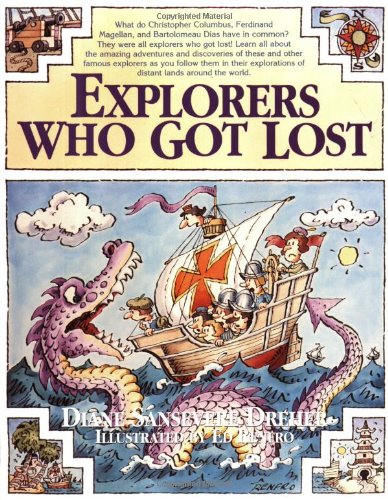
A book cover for Explorers Who Got Lost; Diane Sansevere-Dreher; Children's Books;